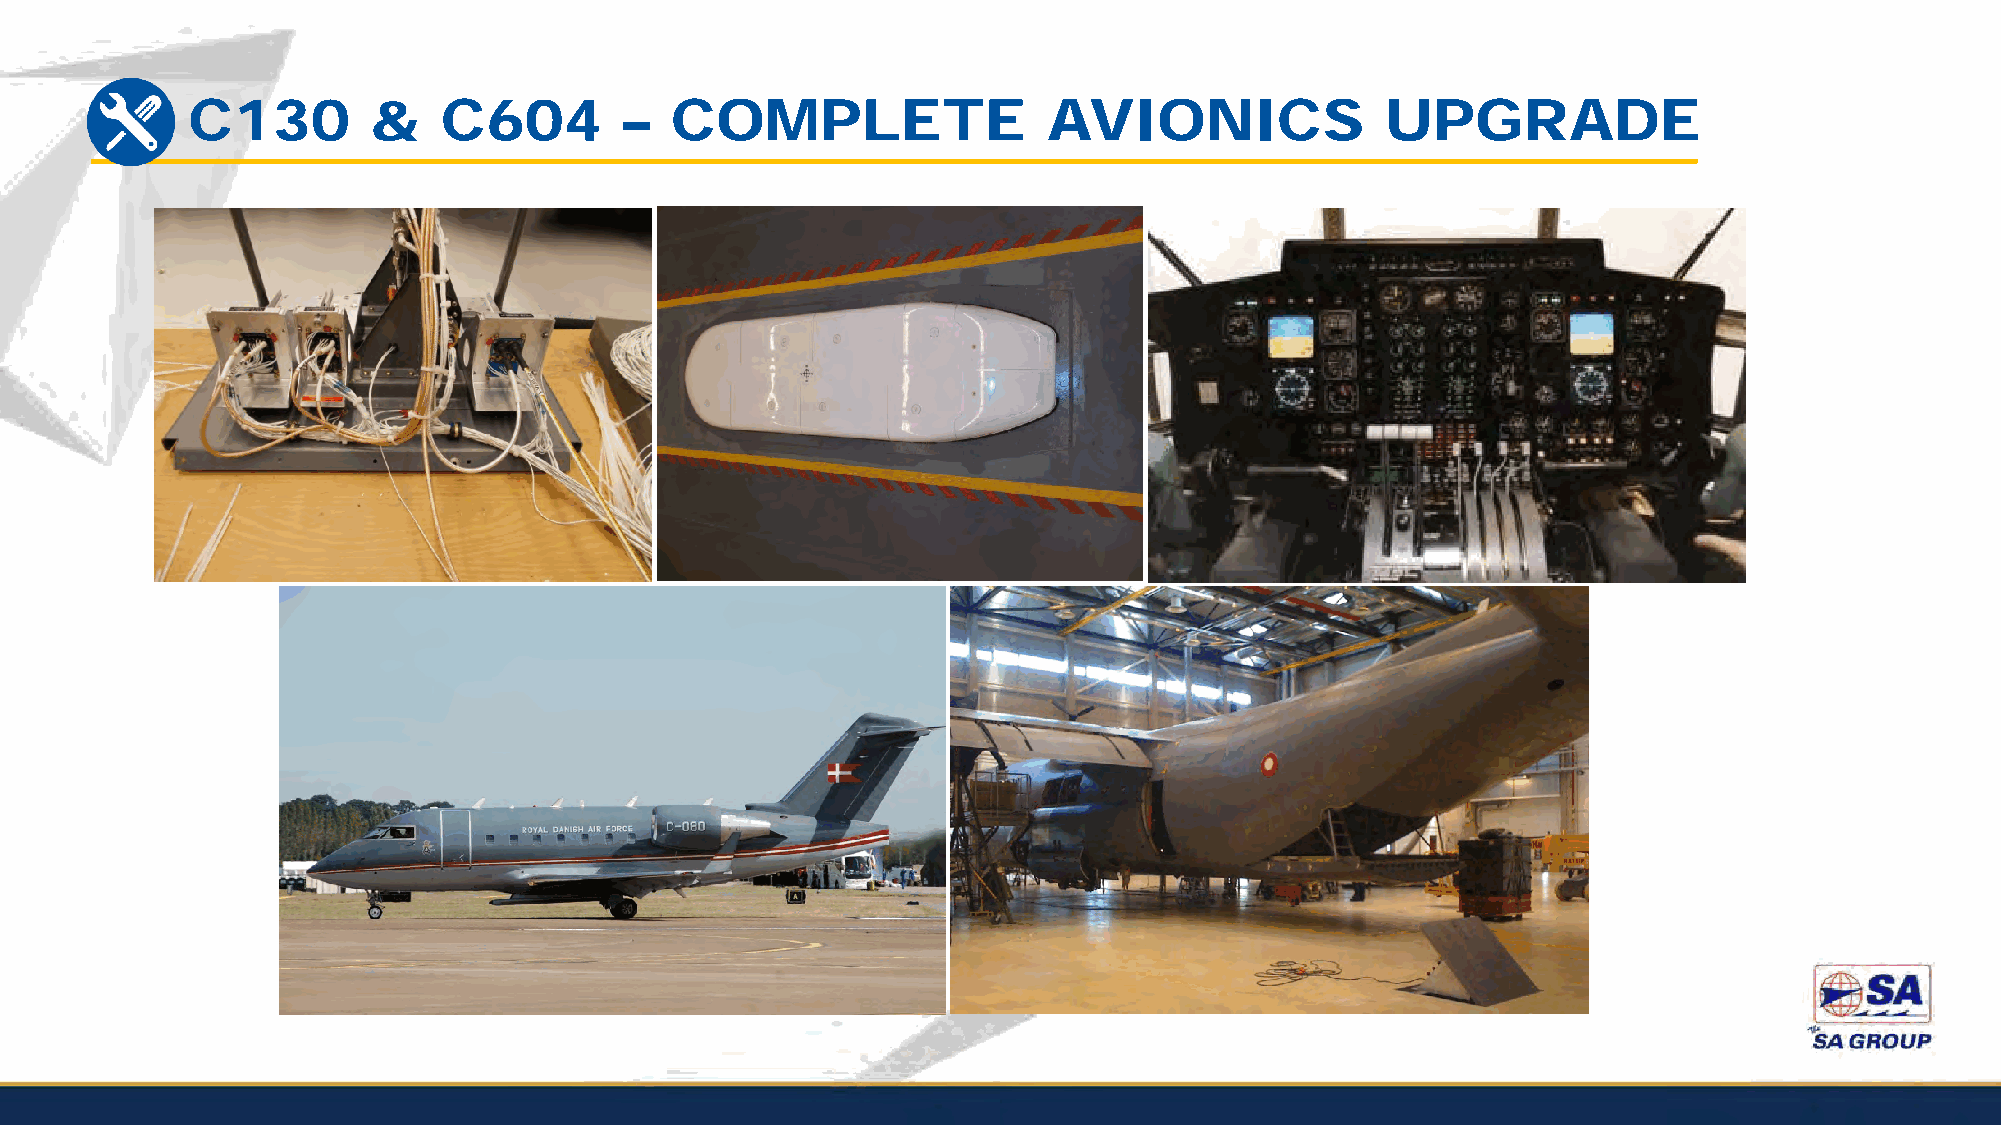
C130        &    C604        –  COMPLETE                 AVIONICS               UPGRADE